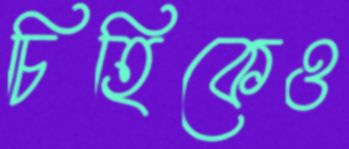
চিহিকেও